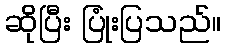
ဆိုပြီး ပြုံးပြသည်။